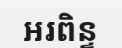
អរពិន្ទ